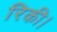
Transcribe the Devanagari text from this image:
रिकी।